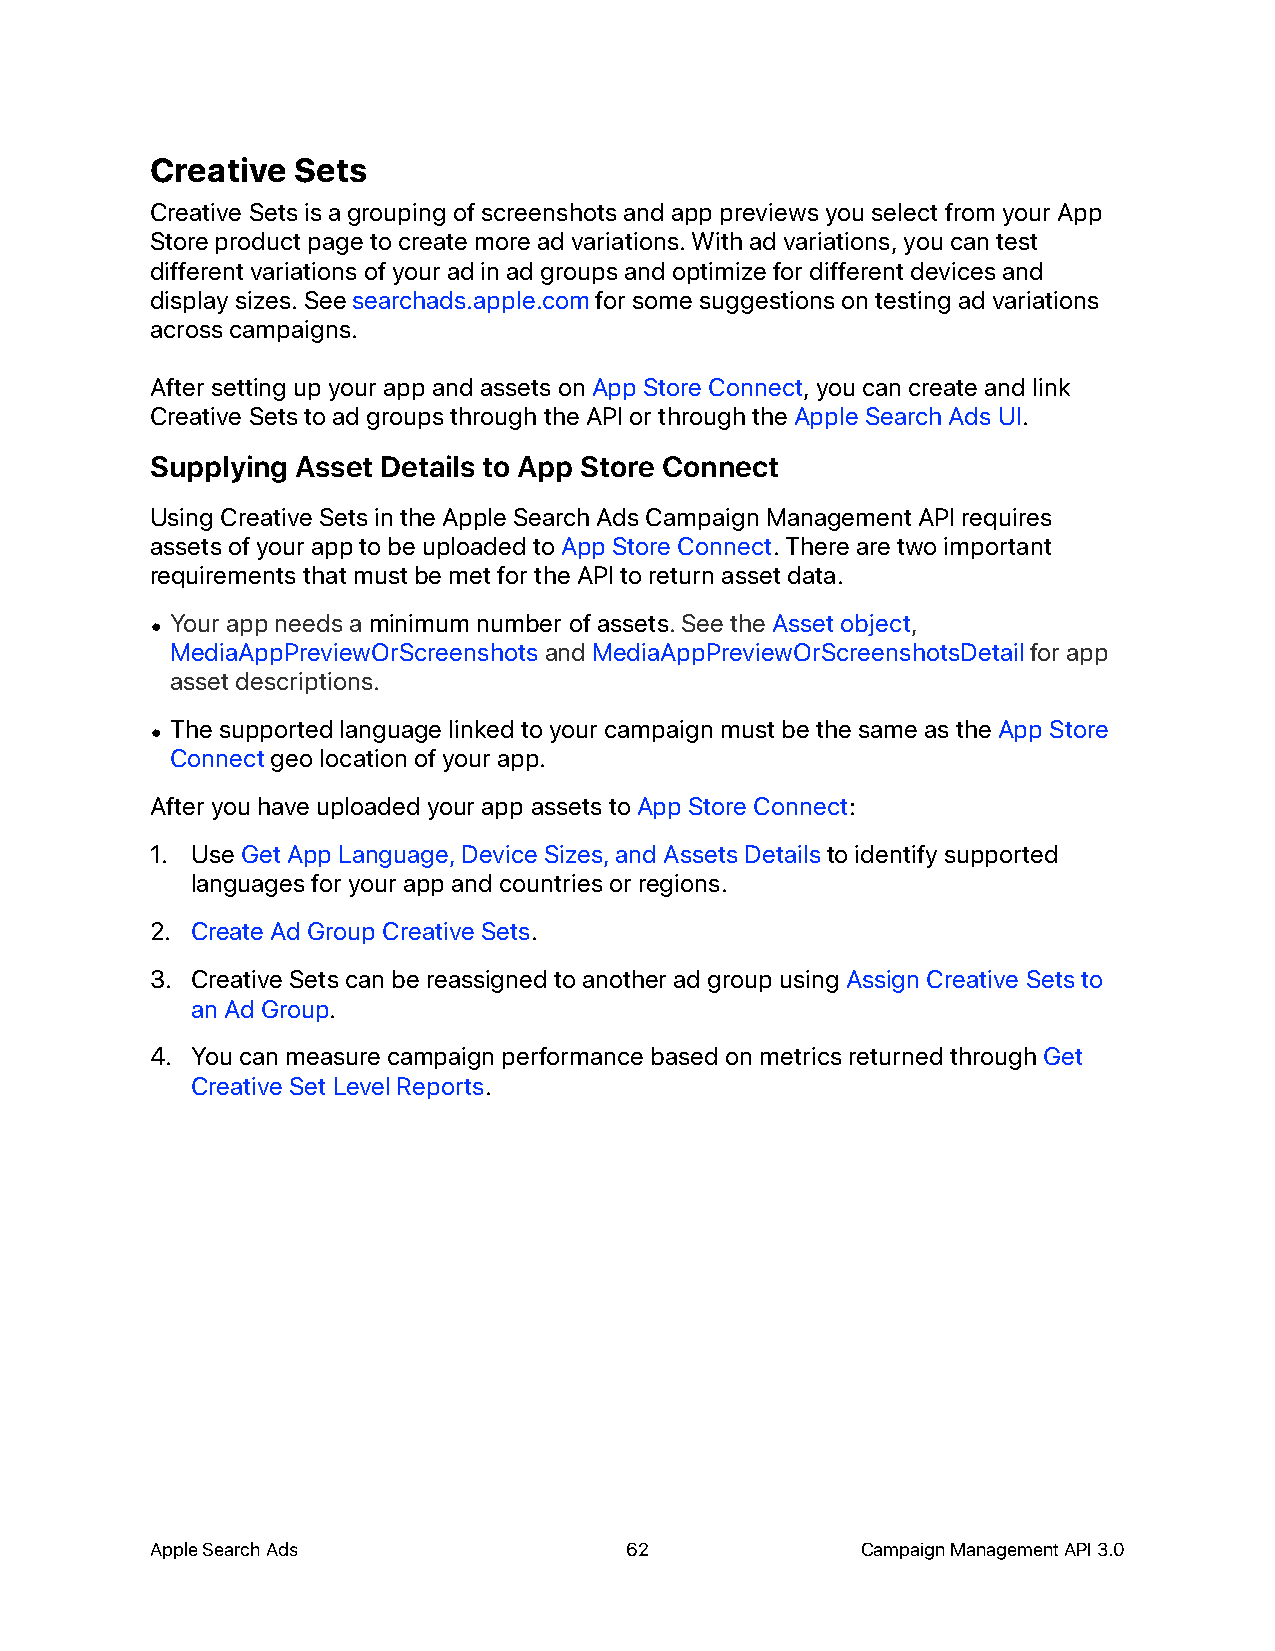
Creative Sets
 Creative Sets is a grouping of screenshots and app previews you select from your App
 Store product page to create more ad variations. With ad variations, you can test
 different variations of your ad in ad groups and optimize for different devices and
 display sizes. See searchads.apple.com for some suggestions on testing ad variations
 across campaigns.
 After setting up your app and assets on App Store Connect, you can create and link
 Creative Sets to ad groups through the API or through the Apple Search Ads UI.
 Supplying Asset Details to App Store Connect
 Using Creative Sets in the Apple Search Ads Campaign Management API requires
 assets of your app to be uploaded to App Store Connect. There are two important
 requirements that must be met for the API to return asset data.
 • Your app needs a minimum number of assets. See the Asset object,
 MediaAppPreviewOrScreenshots and MediaAppPreviewOrScreenshotsDetail for app
 asset descriptions.
 • The supported language linked to your campaign must be the same as the App Store
 Connect geo location of your app.
 After you have uploaded your app assets to App Store Connect:
 1. Use Get App Language, Device Sizes, and Assets Details to identify supported
 languages for your app and countries or regions.
 2. Create Ad Group Creative Sets.
 3. Creative Sets can be reassigned to another ad group using Assign Creative Sets to
 an Ad Group.
 4. You can measure campaign performance based on metrics returned through Get
 Creative Set Level Reports.
 Apple Search Ads               62              Campaign Management API 3.0